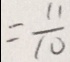
= \frac { 1 1 } { 1 0 }